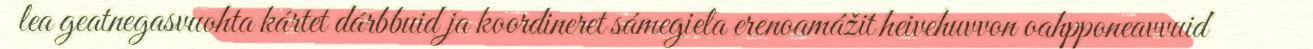
lea geatnegasvuohta kártet dárbbuid ja koordineret sámegiela erenoamážit heivehuvvon oahpponeavvuid